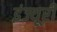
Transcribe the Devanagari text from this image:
इंज्यूरी